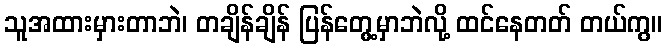
သူအထားမှားတာဘဲ၊ တချိန်ချိန် ပြန်တွေ့မှာဘဲလို့ ထင်နေတတ် တယ်ကွ။